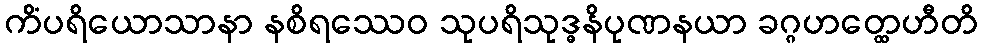
ကိံပရိယောသာနာ နစိရဿေဝ သုပရိသုဒ္ဓနိပုဏနယာ ခဂ္ဂဟတ္ထေဟီတိ